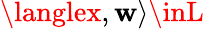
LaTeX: \langlex,\mathbf{w}\rangle\inL